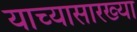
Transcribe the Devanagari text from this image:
याच्यासारख्या